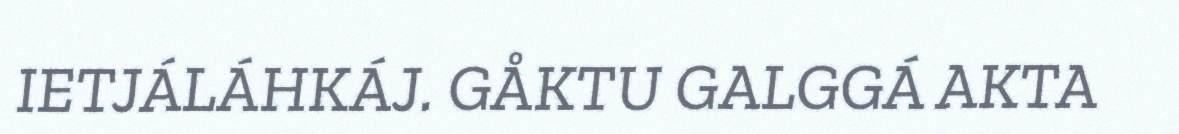
IETJÁLÁHKÁJ. GÅKTU GALGGÁ AKTA